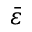
\bar { \varepsilon }